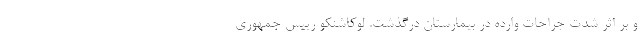
و بر اثر شدت جراحات وارده در بیمارستان درگذشت. لوکاشنکو رییس جمهوری